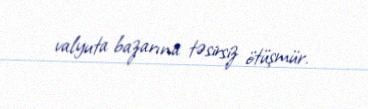
valyuta bazarına təsirsiz ötüşmür.